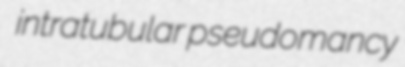
intratubular pseudomancy